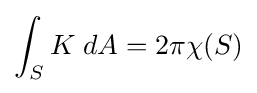
\int _{S}K\;dA=2\pi \chi (S)